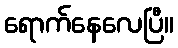
ရောက်နေလေပြီ။